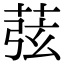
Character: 𦱁